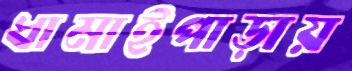
ধামাইপাড়ায়